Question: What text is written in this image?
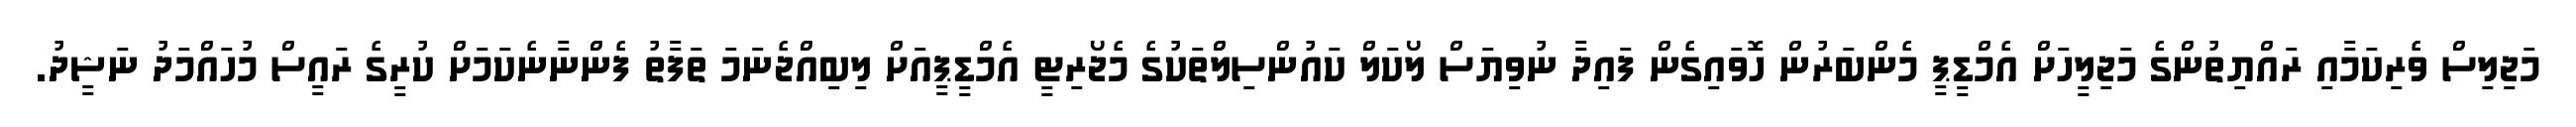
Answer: މަޖިލިސް ވެރިކަމާއި ރައްޔިތުންގެ މަޖިލީހަށް އެމްޑީޕީ މެންބަރުން ހޮވައިގެން ފައިދާ ނުވިޔަސް ލޯކަލް ކައުންސިލްތަކުގެ މެޖޯރިޓީ އެމްޑީޕީއަށް ލިބިއްޖެނަމަ ތަފާތު ފެންނާނެކަމަށް ކުރީގެ ރައީސް މުހައްމަދު ނަޝީދު.